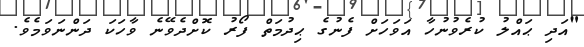
"އަދި ޙައްލު ކުރެވުނުހާ އަވަހަށް ފެނުގެ ޙިދުމަތް ފޯރު ކޮށްދެވޭނެ ވާހަކަ ދަންނަވަމެވެ.